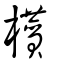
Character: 櫕